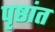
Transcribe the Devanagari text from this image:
पृष्ठांत